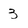
Character: 3